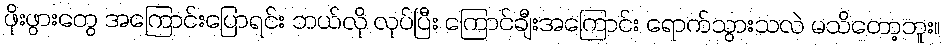
ဖိုးဖွားတွေ အကြောင်းပြောရင်း ဘယ်လို လုပ်ပြီး ကြောင်ချီးအကြောင်း ရောက်သွားသလဲ မသိတော့ဘူး။